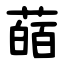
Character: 䔤